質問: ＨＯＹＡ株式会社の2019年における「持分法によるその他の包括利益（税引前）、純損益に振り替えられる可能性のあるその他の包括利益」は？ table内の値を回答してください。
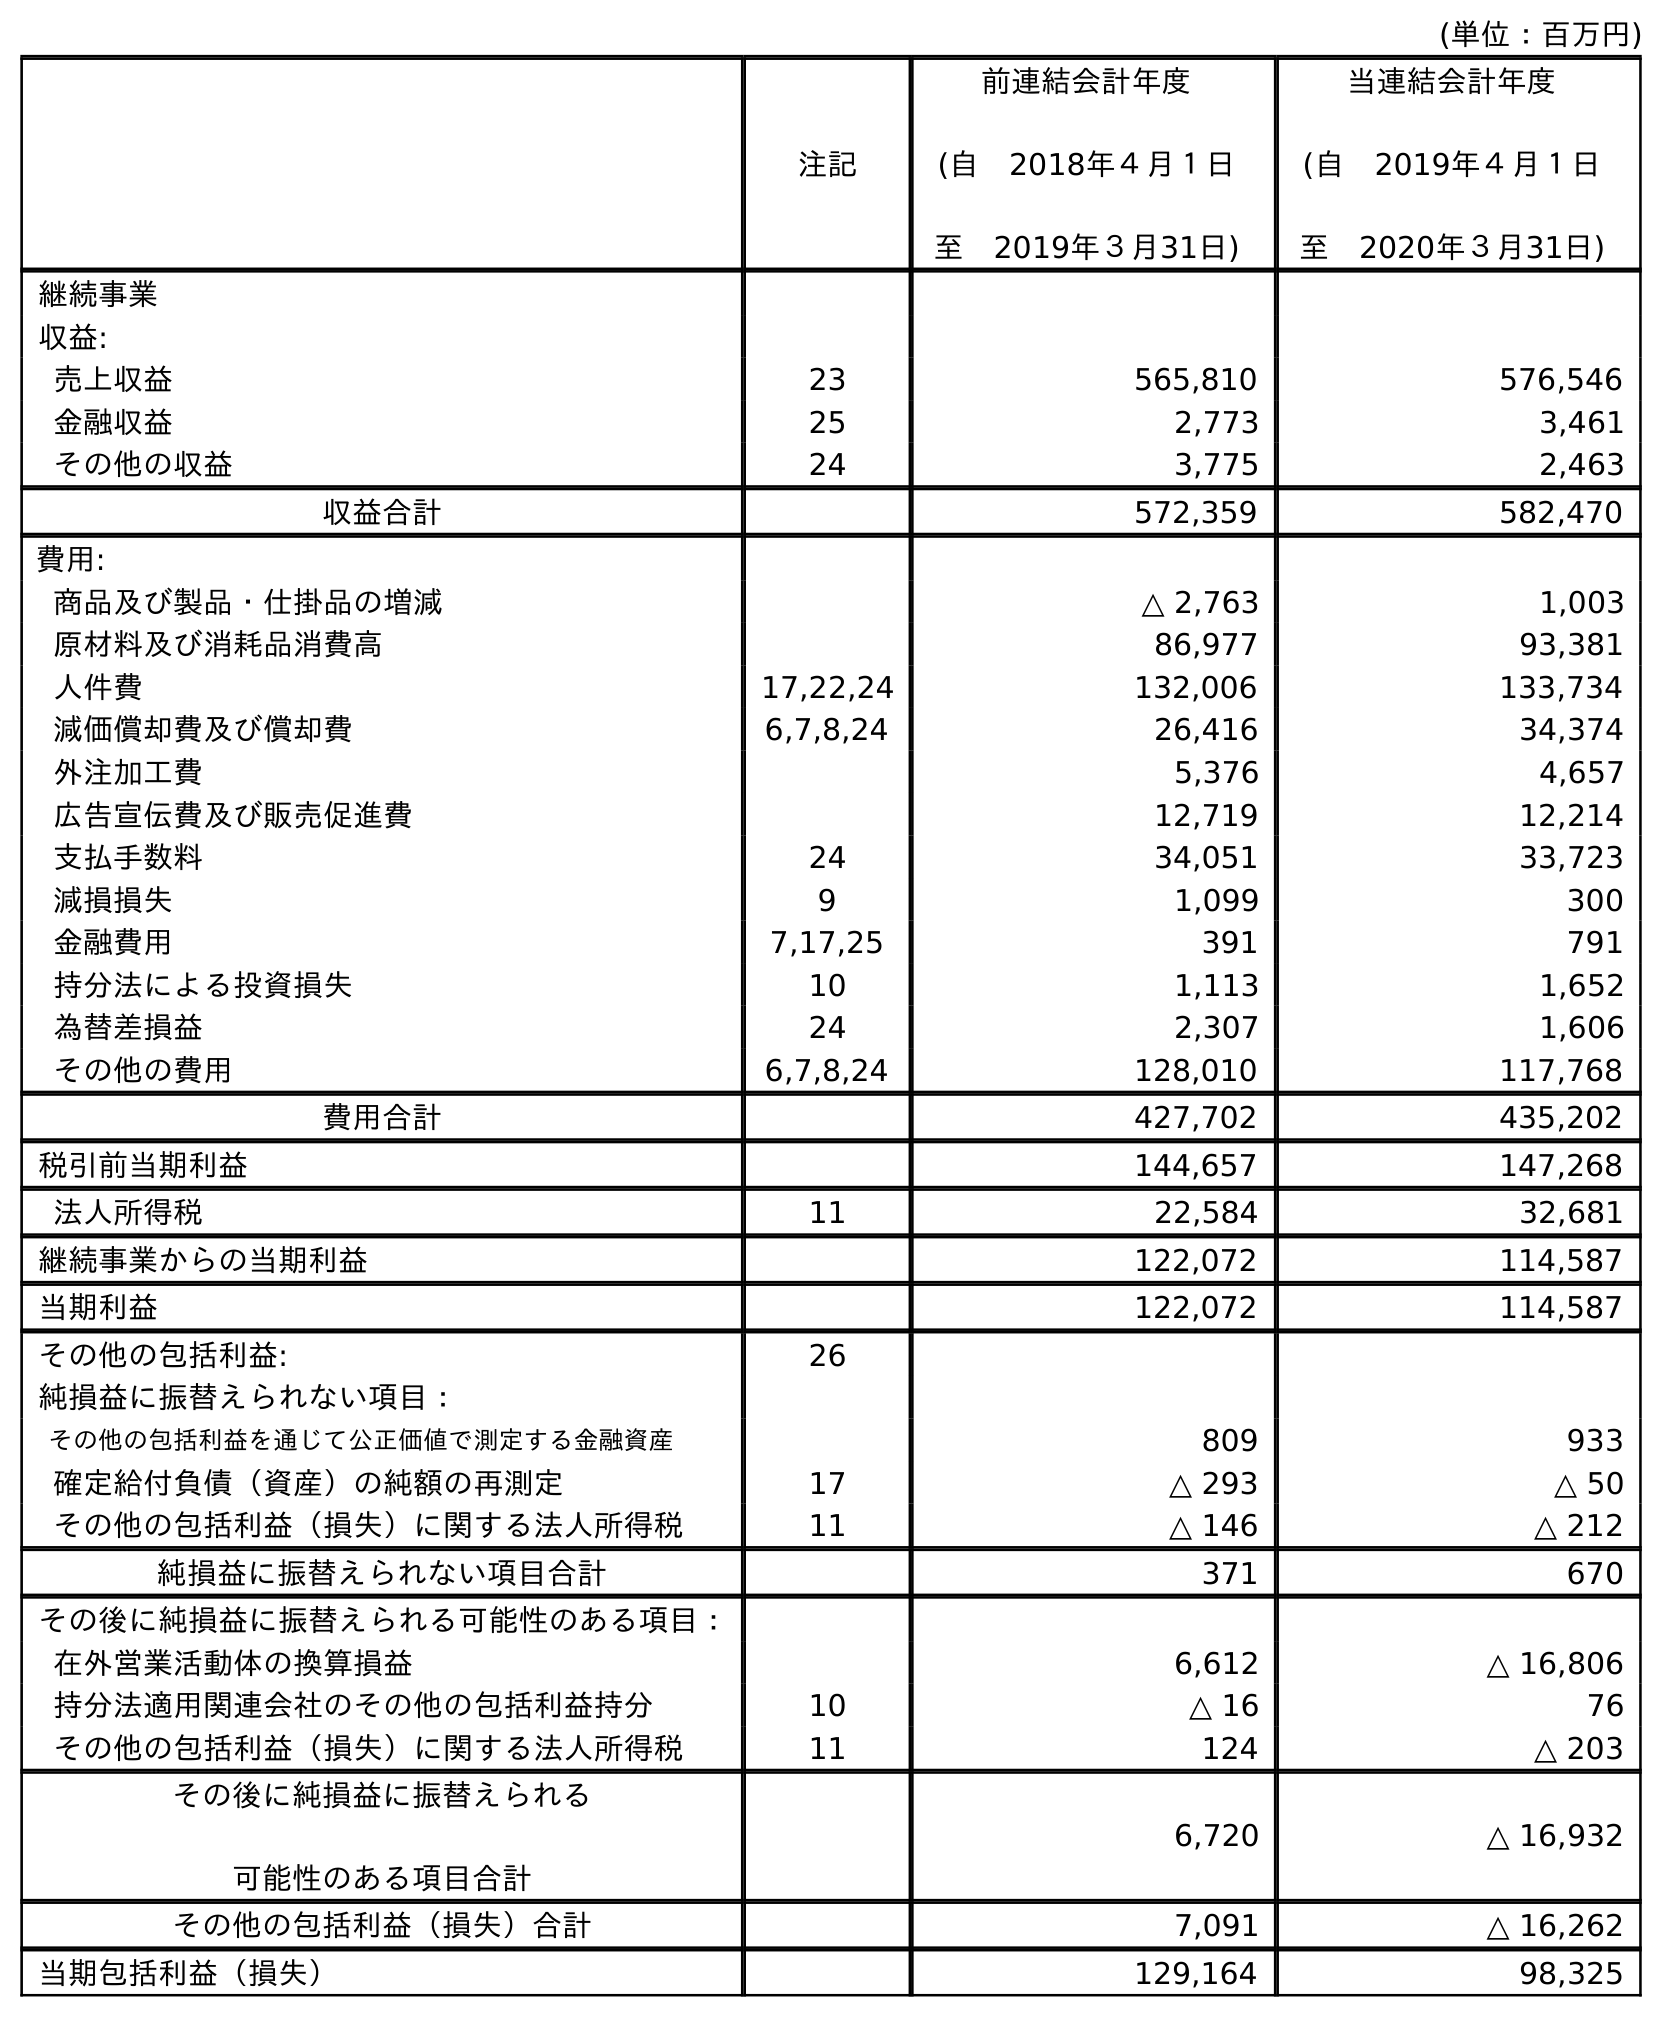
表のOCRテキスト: (単位：百万円) 注記 前連結会計年度 (自 2018年４月１日 至 2019年３月31日) 当連結会計年度 (自 2019年４月１日 至 2020年３月31日) 継続事業 収益: 売上収益 23 565,810 576,546 金融収益 25 2,773 3,461 その他の収益 24 3,775 2,463 収益合計 572,359 582,470 費用: 商品及び製品・仕掛品の増減 △ 2,763 1,003 原材料及び消耗品消費高 86,977 93,381 人件費 17,22,24 132,006 133,734 減価償却費及び償却費 6,7,8,24 26,416 34,374 外注加工費 5,376 4,657 広告宣伝費及び販売促進費 12,719 12,214 支払手数料 24 34,051 33,723 減損損失 9 1,099 300 金融費用 7,17,25 391 791 持分法による投資損失 10 1,113 1,652 為替差損益 24 2,307 1,606 その他の費用 6,7,8,24 128,010 117,768 費用合計 427,702 435,202 税引前当期利益 144,657 147,268 法人所得税 11 22,584 32,681 継続事業からの当期利益 122,072 114,587 当期利益 122,072 114,587 その他の包括利益: 26 純損益に振替えられない項目： その他の包括利益を通じて公正価値で測定する金融資産 809 933 確定給付負債（資産）の純額の再測定 17 △ 293 △ 50 その他の包括利益（損失）に関する法人所得税 11 △ 146 △ 212 純損益に振替えられない項目合計 371 670 その後に純損益に振替えられる可能性のある項目： 在外営業活動体の換算損益 6,612 △ 16,806 持分法適用関連会社のその他の包括利益持分 10 △ 16 76 その他の包括利益（損失）に関する法人所得税 11 124 △ 203 その後に純損益に振替えられる 可能性のある項目合計 6,720 △ 16,932 その他の包括利益（損失）合計 7,091 △ 16,262 当期包括利益（損失） 129,164 98,325
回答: △16